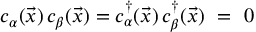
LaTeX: c _ { \alpha } ( { \vec { x } } ) \, c _ { \beta } ( { \vec { x } } ) = c _ { \alpha } ^ { \dagger } ( { \vec { x } } ) \, c _ { \beta } ^ { \dagger } ( { \vec { x } } ) ~ = ~ 0